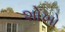
શોખો